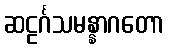
ဆဠင်္ဂသမန္နာဂတော